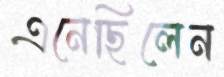
এনেছিলেন